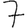
Digit: 7